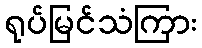
ရုပ်မြင်သံကြား